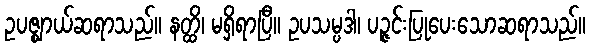
ဥပဇ္ဈာယ်ဆရာသည်။ နတ္ထိ၊ မရှိရာပြီ။ ဥပသမ္ပဒါ၊ ပဉ္ဇင်းပြုပေးသောဆရာသည်။